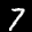
Label: 7